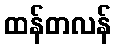
ထန်တလန်